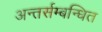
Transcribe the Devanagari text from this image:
अन्तर्सम्बन्धित